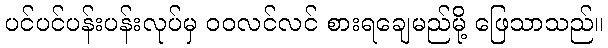
ပင်ပင်ပန်းပန်းလုပ်မှ ဝဝလင်လင် စားရချေမည်မို့ ဖြေသာသည်။